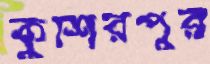
কুশিরপুর